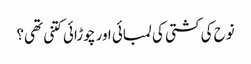
نوح کی کشتی کی لمبائی اور چوڑائی کتنی تھی؟